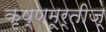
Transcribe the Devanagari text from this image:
कृष्णमूर्तीज्‌